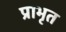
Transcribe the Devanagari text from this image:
प्राभृत